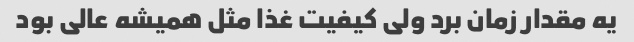
یه مقدار زمان برد ولی کیفیت غذا مثل همیشه عالی بود